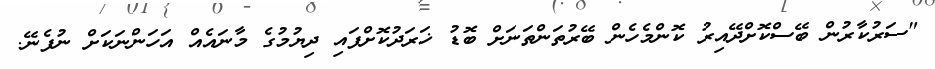
"ސަރުކާރުން ބޭސްކޮށްދޭއިރު ކޮންމެހެން ބޭރުތަންތަނަށް ބޮޑު ޚަރަދުކޮށްފައި ދިޔުމުގެ މާނައެއް އަހަންނަކަށް ނުފެނޭ.